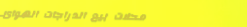
محلات بيع الدراجات الهوائ